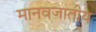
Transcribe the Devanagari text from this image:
मानवजातीय